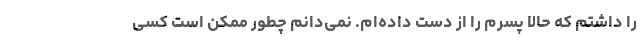
را داشتم که حالا پسرم را از دست داده‌ام. نمی‌دانم چطور ممکن است کسی